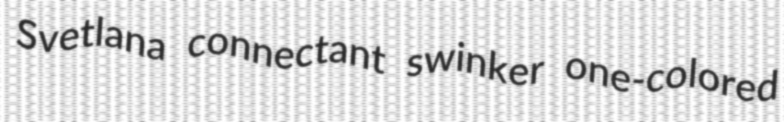
Svetlana connectant swinker one-colored